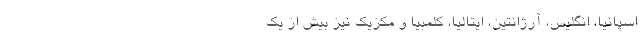
اسپانیا، انگلیس، آرژانتین، ایتالیا، کلمبیا و مکزیک نیز بیش از یک